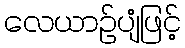
လေယာဉ်ပျံဖြင့်